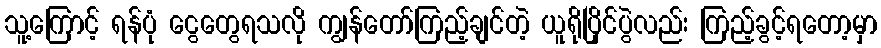
သူ့ကြောင့် ရန်ပုံ ငွေတွေရသလို ကျွန်တော်ကြည့်ချင်တဲ့ ယူရိုပြိုင်ပွဲလည်း ကြည့်ခွင့်ရတော့မှာ